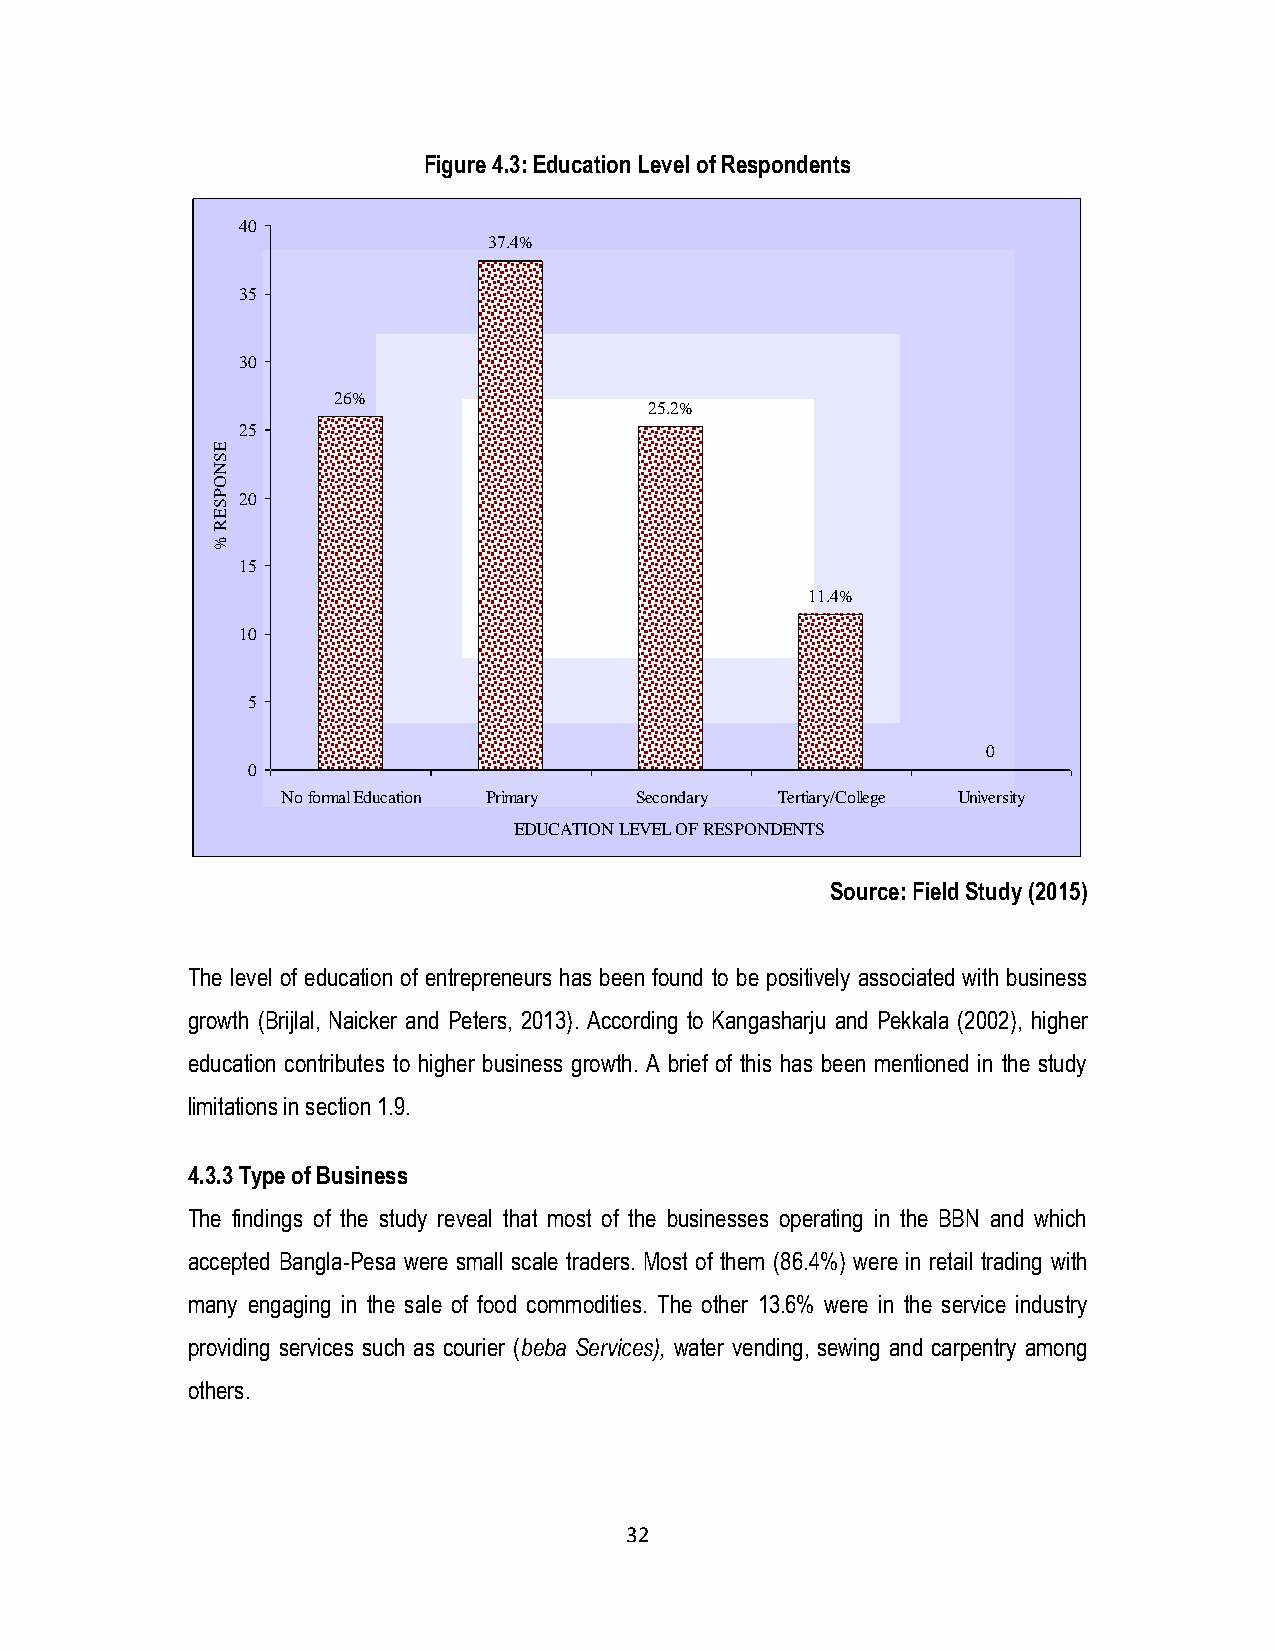
Figure 4.3: Education Level of Respondents
 40
 37.4%
 35
 30
 26%
 25.2%
 25
 E
 S
 N
 O
 P 20
 S
 E
 R
 %
 15
 11.4%
 10
 5
 0
 0
 No formal Education Primary Secondary Tertiary/College University
 EDUCATION LEVEL OF RESPONDENTS
 Source: Field Study (2015)
 The level of education of entrepreneurs has been found to be positively associated with business
 growth (Brijlal, Naicker and Peters, 2013). According to Kangasharju and Pekkala (2002), higher
 education contributes to higher business growth. A brief of this has been mentioned in the study
 limitations in section 1.9.
 4.3.3 Type of Business
 The findings of the study reveal that most of the businesses operating in the BBN and which
 accepted Bangla-Pesa were small scale traders. Most of them (86.4%) were in retail trading with
 many engaging in the sale of food commodities. The other 13.6% were in the service industry
 providing services such as courier (beba Services), water vending, sewing and carpentry among
 others.
 32